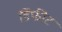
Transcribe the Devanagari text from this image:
डिफीट